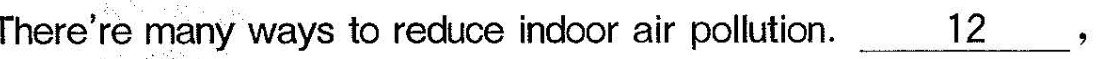
There're many ways to reduce indoor air pollution.\underline{12}